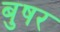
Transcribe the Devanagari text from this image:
बुषर